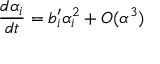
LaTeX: \frac { d \alpha _ { i } } { d t } = b _ { i } ^ { \prime } \alpha _ { i } ^ { 2 } + { \cal O } ( \alpha ^ { 3 } )